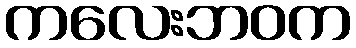
ကလေးဘဝက